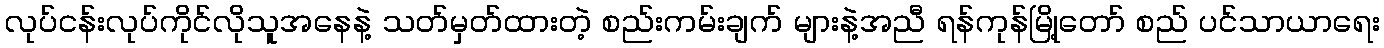
လုပ်ငန်းလုပ်ကိုင်လိုသူအနေနဲ့ သတ်မှတ်ထားတဲ့ စည်းကမ်းချက် များနဲ့အညီ ရန်ကုန်မြို့တော် စည် ပင်သာယာရေး